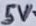
Text: 5V